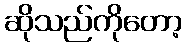
ဆိုသည်ကိုတော့